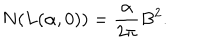
N ( L ( \alpha , 0 ) ) = \frac { \alpha } { 2 \pi } B ^ { 2 } .